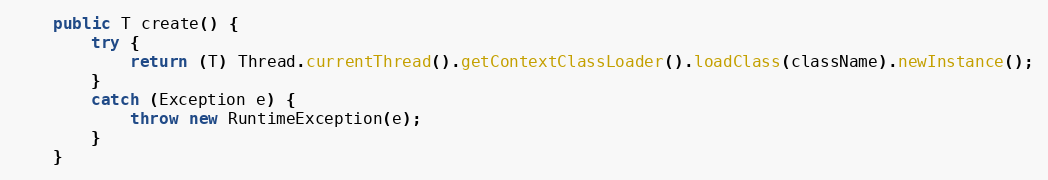
Language: Java
    public T create() {
        try {
            return (T) Thread.currentThread().getContextClassLoader().loadClass(className).newInstance();
        }
        catch (Exception e) {
            throw new RuntimeException(e);
        }
    }